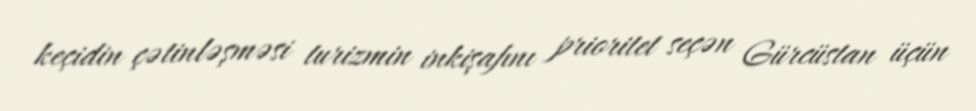
keçidin çətinləşməsi turizmin inkişafını prioritet seçən Gürcüstan üçün